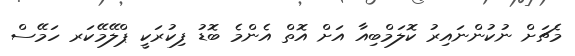
މެޗަށް ނުކުންނައިރު ކޮލަމްބިއާ އަށް އޮތް އެންމެ ބޮޑު ފިކުރަކީ ޕްލޭމޭކަރ ހަމޭސް